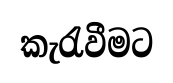
කැරැවීමට